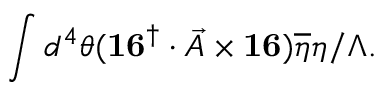
\int d ^ { 4 } \theta ( { \bf \vec { 1 6 } } ^ { \dag } \cdot \vec { A } \times { \bf \vec { 1 6 } } ) \overline { { { \eta } } } \eta / \Lambda .